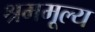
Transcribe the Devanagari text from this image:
श्रममूल्य